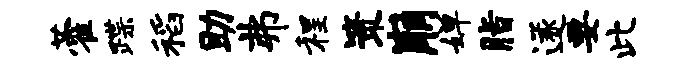
藿蹀稻助弗程策崩婵脂遂要此